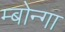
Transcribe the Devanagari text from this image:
म्बोन्गा